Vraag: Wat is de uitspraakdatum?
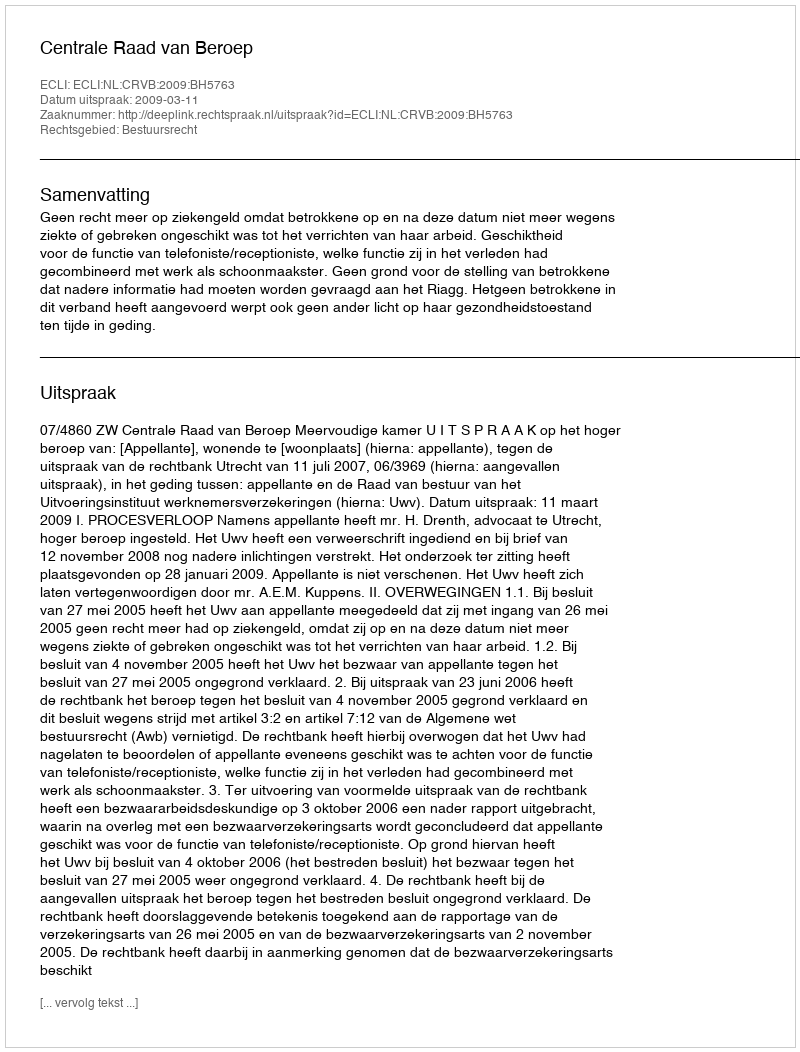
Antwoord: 2009-03-11